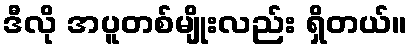
ဒီလို အပူတစ်မျိုးလည်း ရှိတယ်။